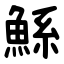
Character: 鯀